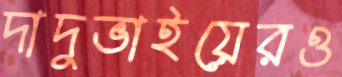
দাদুভাইয়েরও